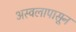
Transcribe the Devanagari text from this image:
अस्वलापासून